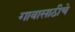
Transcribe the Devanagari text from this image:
गावासाठीचे